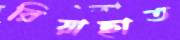
রিয়াছাত